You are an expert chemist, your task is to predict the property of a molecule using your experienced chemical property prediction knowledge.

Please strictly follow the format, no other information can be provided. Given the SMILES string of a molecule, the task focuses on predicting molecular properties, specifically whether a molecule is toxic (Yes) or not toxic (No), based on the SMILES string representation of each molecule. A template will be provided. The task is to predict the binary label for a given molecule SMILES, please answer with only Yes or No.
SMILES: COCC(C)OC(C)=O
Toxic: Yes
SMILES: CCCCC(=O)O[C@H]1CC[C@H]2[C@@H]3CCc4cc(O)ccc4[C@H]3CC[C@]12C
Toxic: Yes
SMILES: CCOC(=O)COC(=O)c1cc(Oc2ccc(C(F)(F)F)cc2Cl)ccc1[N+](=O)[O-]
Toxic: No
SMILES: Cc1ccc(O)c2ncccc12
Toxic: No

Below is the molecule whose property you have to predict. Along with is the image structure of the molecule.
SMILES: c1ccc(CNc2[nH]cnc3ncnc2-3)cc1
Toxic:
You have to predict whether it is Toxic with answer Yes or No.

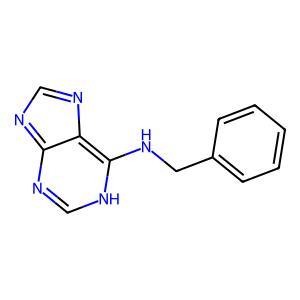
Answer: No